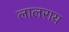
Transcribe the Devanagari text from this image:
लालराय